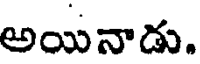
అయినాడు.